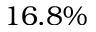
1 6 . 8 \%